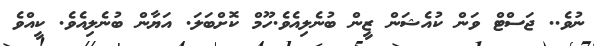
ނުވެ.. ޖަސްޓް ވަން ކުއެޝަން ޒީން ބުނެލިއެވެ.ހޫމް ކޮށްބަލަ. އަޔާން ބުނެލިއެވެ. ކީއްވެ